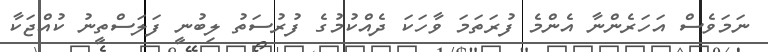
ނަމަވެސް އަހަރެންނާ އެންމެ ފުރަތަމަ ވާހަކަ ދެއްކުމުގެ ފުރުސަތު ލިބުނީ ފަލަސްތީނު ކުއްޖަކާ